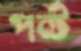
পন্ট